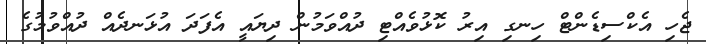
ޖެހި އެކްސިޑެންޓް ހިނގި އިރު ކޮޅުވެއްޓި ދުއްވަމުން ދިޔައީ އެފަދަ އުޅަނދެއް ދުއްވުމުގެ